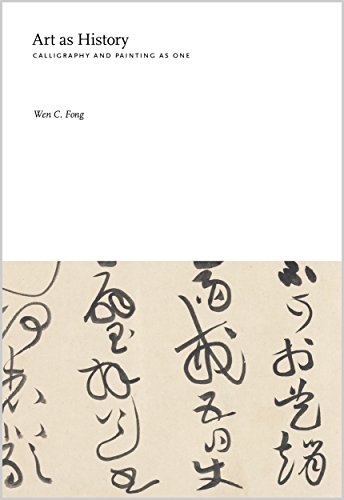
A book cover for Art as History: Calligraphy and Painting as One; Wen C. Fong; Arts & Photography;